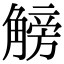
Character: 𧤞